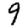
Digit: 9